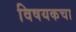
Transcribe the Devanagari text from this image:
विषयकचा